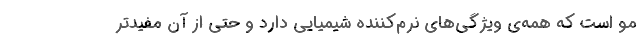
مو است که همه­ی ویژگی­های نرم­کننده شیمیایی دارد و حتی از آن مفیدتر